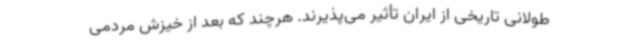
طولانی تاریخی از ایران تأثیر می‌پذیرند. هرچند که بعد از خیزش مردمی